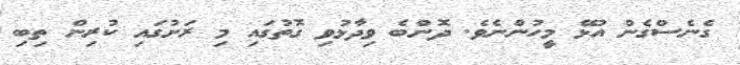
ގެނެސްގެން އުޅޭ މީހުންނެވެ. ދޮންބެ ވިދާޅުވި ގޮތުގައި މި ރަށުގައި ކުރިން ތިބި